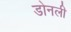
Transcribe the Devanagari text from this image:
डोनली